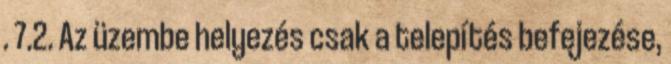
. 7.2. Az üzembe helyezés csak a telepítés befejezése,